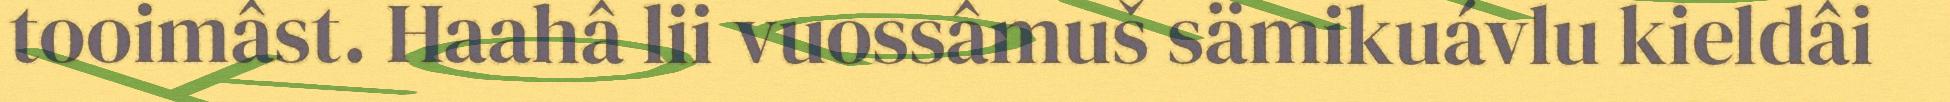
tooimâst. Haahâ lii vuossâmuš sämikuávlu kieldâi